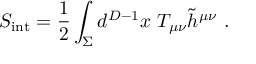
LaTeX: S _ { \mathrm { { \small i n t } } } = { \frac { 1 } { 2 } } \int _ { \Sigma } d ^ { D - 1 } x ~ T _ { \mu \nu } { \widetilde h } ^ { \mu \nu } ~ .